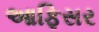
આફિસર